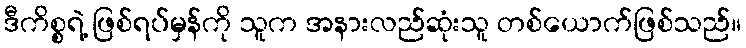
ဒီကိစ္စရဲ့ ဖြစ်ရပ်မှန်ကို သူက အနားလည်ဆုံးသူ တစ်ယောက်ဖြစ်သည်။